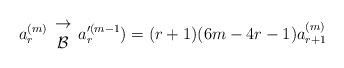
\begin{align*}a^{(m)}_r \begin{array}{c}\to \\ {\cal B} \end{array} a_r^{\prime(m-1}) = (r+1)(6m-4r-1)a_{r+1}^{(m)}\end{align*}